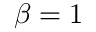
\beta = 1